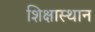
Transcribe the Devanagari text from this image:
शिक्षास्थान